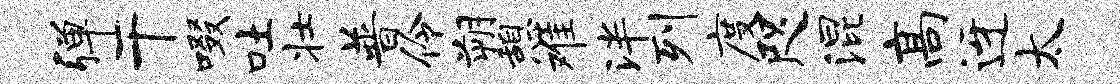
弹干啜吐壮普伶朔憩难泮列度咫混高迓太